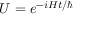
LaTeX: U = e ^ { - i H t / \hbar }